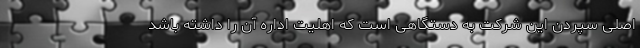
اصلی سپردن این شرکت به دستگاهی است که اهلیت اداره آن را داشته باشد